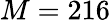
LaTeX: M=216